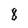
Character: 8